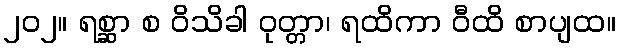
၂၀၂။ ရစ္ဆာ စ ဝိသိခါ ဝုတ္တာ၊ ရထိကာ ဝီထိ စာပျထ။